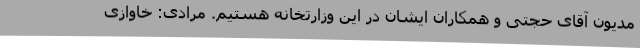
مدیون آقای حجتی و همکاران ایشان در این وزارتخانه هستیم. مرادی: خاوازی